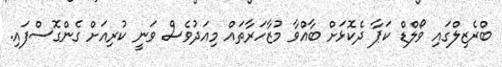
ބްރެޒިލްގައި ވޯލްޑް ކަޕާ ދެކޮޅަށް ބާއްވާ މުޒާހަރާތައް މިއަދުވެސް ވަނީ ކުރިއަށް ގެންގޮސްފައި.